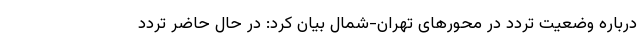
درباره وضعیت تردد در محورهای تهران-شمال بیان کرد‌: ‌در حال حاضر تردد